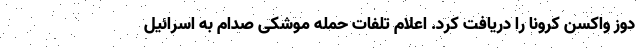
دوز واکسن کرونا را دریافت کرد. اعلام تلفات حمله موشکی صدام به اسرائیل